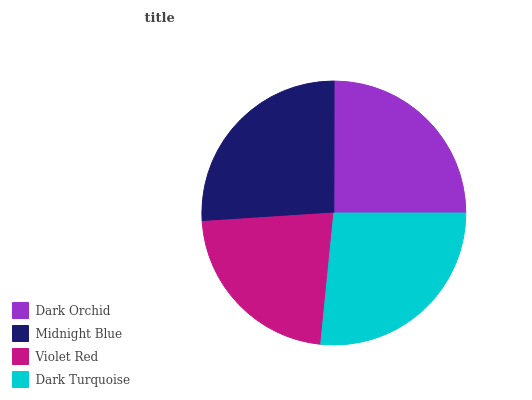
| Dark Orchid | Midnight Blue | Violet Red | Dark Turquoise |
 | --- | --- | --- | --- |
 | 25% | 26.1% | 22.4% | 26.6% |